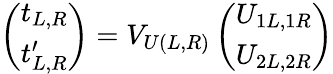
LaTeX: \left(\begin{array}{c}{{t_{L,R}}}\\ {{t_{L,R}^{\prime}}}\end{array}\right)=V_{U(L,R)}\left(\begin{array}{c}{{U_{1L,1R}}}\\ {{U_{2L,2R}}}\end{array}\right)